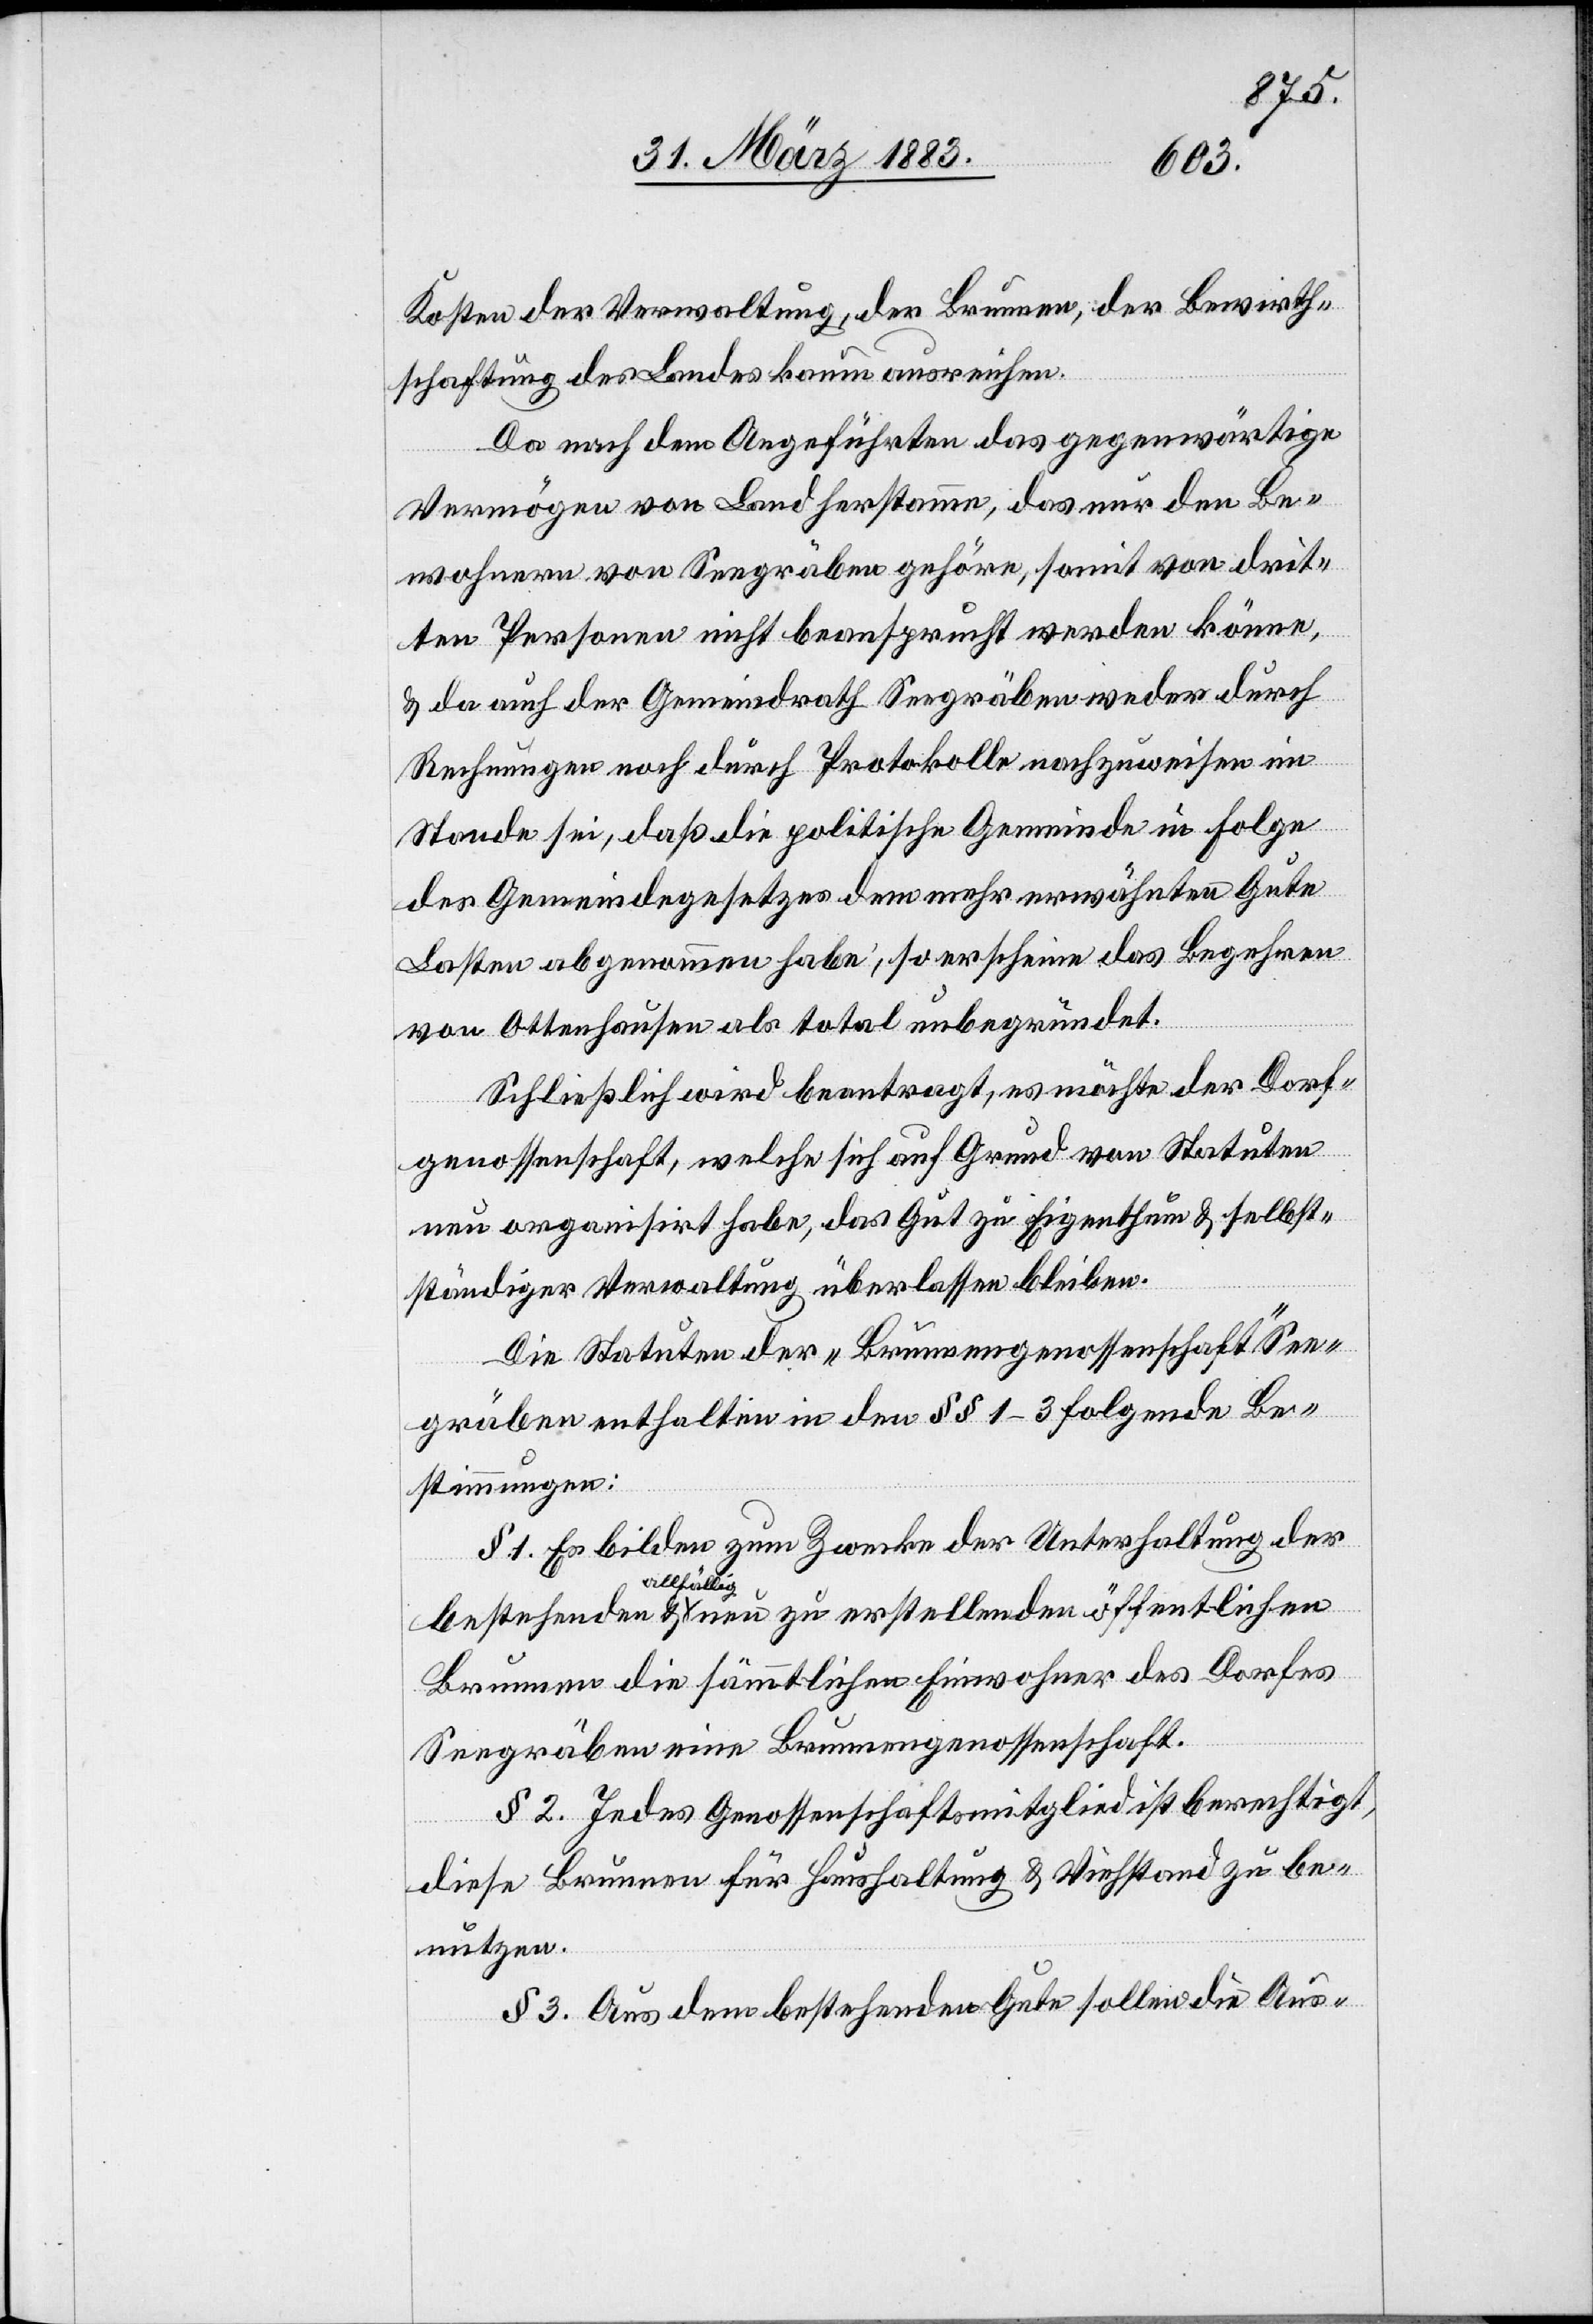
Kosten der Verwaltung, der Brunnen, der Bewirth¬
schaftung des Landes kaum ausreichen.
Da nach dem Angeführten das gegenwärtige
Vermögen von Land herstamme, das nur den Be¬
wohnern von Seegräben gehöre, somit von drit¬
ten Personen nicht beansprucht werden könne,
& da auch der Gemeindrath Seegräben weder durch
Rechnungen noch durch Protokolle nachzuweisen im
Stande sei, daß die politische Gemeinde in Folge
des Gemeindegesetzes dem mehr erwähnten Gute
Lasten abgenommen habe, so erscheine das Begehren
von Ottenhausen als total unbegründet.
Schließlich wird beantragt, es möchte der Dorf¬
genossenschaft, welche sich auf Grund von Statuten
neu organisirt habe, das Gut zu Eigenthum & selbst¬
ständiger Verwaltung überlassen bleiben.
Die Statuten der „Brunnengenossenschaft“ See¬
gräben enthalten in den §§ 1–3 folgende Be¬
stimmungen:
§ 1. Es bilden zum Zwecke der Unterhaltung der
a-allfällig-a
Brunnen die sämmtlichen Einwohner des Dorfes
Seegräben eine Brunnengenossenschaft.
§ 2. Jedes Genossenschaftsmitglied ist berechtigt,
diese Brunnen für Haushaltung & Wirthschaft zu be¬
nutzen.
§ 3. Aus dem bestehenden Gute sollen die Aus-